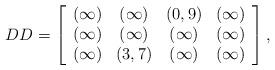
LaTeX: \begin{align*}DD=\left[\begin{array}{cccc}(\infty) & (\infty) & (0,9) & (\infty)\\(\infty) & (\infty) & (\infty) & (\infty)\\(\infty) & (3,7) & (\infty) & (\infty)\end{array}\right],\end{align*}